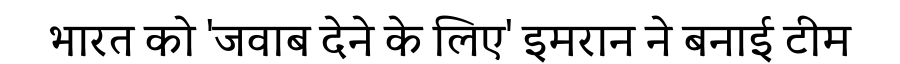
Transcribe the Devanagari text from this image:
भारत को 'जवाब देने के लिए' इमरान ने बनाई टीम